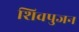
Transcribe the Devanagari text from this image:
शिवपुजन